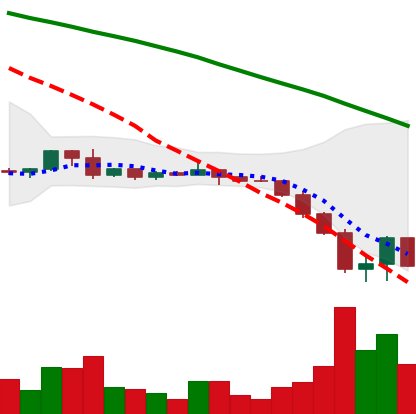
Ticker: DOGE-USD
Chart end date: 2022-06-16
Forward return: 19.157%
Label: up_7plus